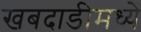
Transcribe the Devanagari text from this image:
खबदाडीमध्ये